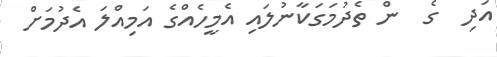
އަދި  ގެ  ން ތެދުމަގަކާނުލައި އެމީހެއްގެ އަމިއްލަ އެދުމަށް